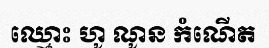
ឈ្មោះ ហូ ណូន កំណើត